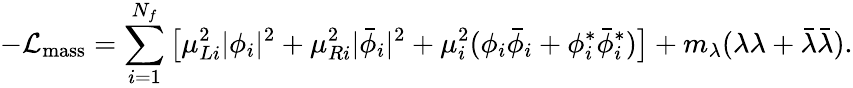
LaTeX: -{\cal L}_{\mathrm{mass}}=\sum_{i=1}^{N_{f}}{\big[}\mu_{Li}^{2}|\phi_{i}|^{2}+\mu_{Ri}^{2}|{\bar{\phi}}_{i}|^{2}+\mu_{i}^{2}(\phi_{i}{\bar{\phi}}_{i}+\phi_{i}^{\ast}{\bar{\phi}}_{i}^{\ast}){\big]}+m_{\lambda}(\lambda\lambda+\bar{\lambda}\bar{\lambda}).